Civil Veterinary Dept. Assam report 1927-50 - 1927-1950
Year: 1927
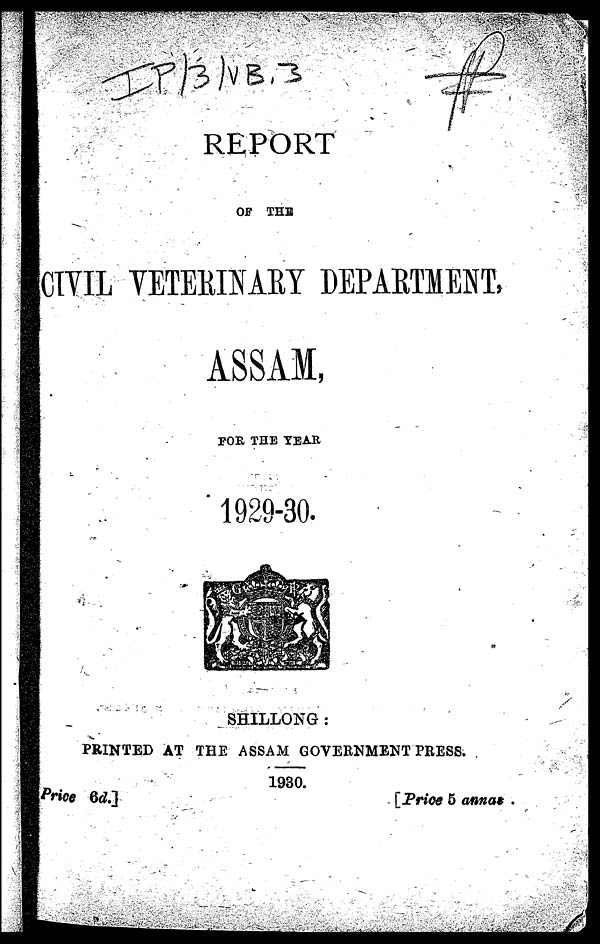
REPORT
OF THE
CIVIL VETERINARY DEPARTMENT,
ASSAM,
FOR THE YEAR
1929-30.
SHILLONG :
PRINTED AT THE ASSAM GOVERNMENT PRESS.
1930.
Price 6d.]
[Price 5 annas.